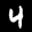
Label: 4